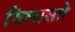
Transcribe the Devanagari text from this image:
विलासते